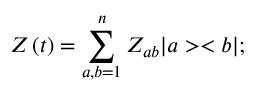
Z \left( t \right) = \sum _ { a , b = 1 } ^ { n } Z _ { a b } | a > < b | ;